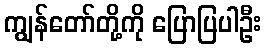
ကျွန်တော်တို့ကို ပြောပြပါဦး